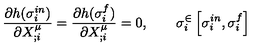
\frac { \partial h ( \sigma _ { i } ^ { i n } ) } { \partial X _ { ; i } ^ { \mu } } = \frac { \partial h ( \sigma _ { i } ^ { f } ) } { \partial X _ { ; i } ^ { \mu } } = 0 , \qquad \sigma _ { i } ^ { \in } \left[ \sigma _ { i } ^ { i n } , \sigma _ { i } ^ { f } \right]